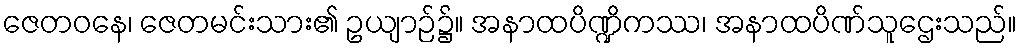
ဇေတဝနေ၊ ဇေတမင်းသား၏ ဥယျာဉ်၌။ အနာထပိဏ္ဍိကဿ၊ အနာထပိဏ်သူဌေးသည်။